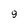
Character: 9